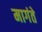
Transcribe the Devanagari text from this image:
मागंते